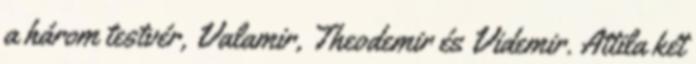
a három testvér, Valamir, Theodemir és Videmir. Attila két